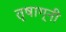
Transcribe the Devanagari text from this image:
तृषाग्नी